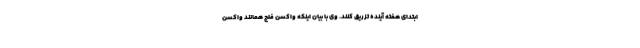
ابتدای هفته آینده تزریق کنند. وی با بیان اینکه واکسن فلج همانند واکسن